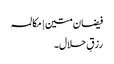
فیضان متین | مکالمہ
رزقِ حلال۔